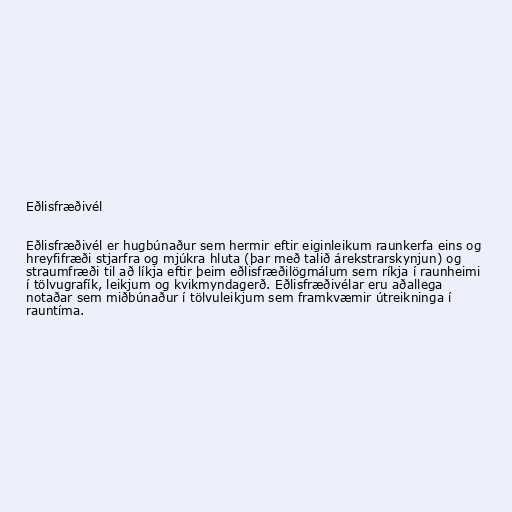
Eðlisfræðivél

Eðlisfræðivél er hugbúnaður sem hermir eftir eiginleikum raunkerfa eins og
hreyfifræði stjarfra og mjúkra hluta (þar með talið árekstrarskynjun) og
straumfræði til að líkja eftir þeim eðlisfræðilögmálum sem ríkja í raunheimi
í tölvugrafík, leikjum og kvikmyndagerð. Eðlisfræðivélar eru aðallega
notaðar sem miðbúnaður í tölvuleikjum sem framkvæmir útreikninga í
rauntíma.